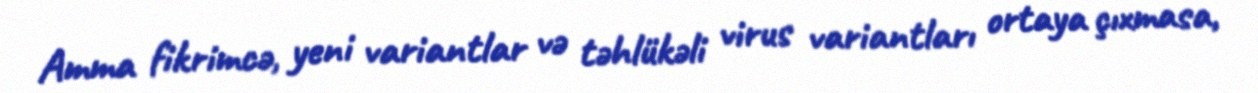
Amma fikrimcə, yeni variantlar və təhlükəli virus variantları ortaya çıxmasa,